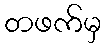
တဖက်မှ